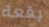
بقعة